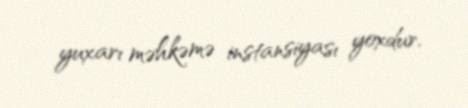
yuxarı məhkəmə instansiyası yoxdur.